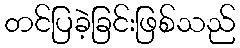
တင်ပြခဲ့ခြင်းဖြစ်သည်